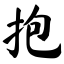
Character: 抱